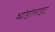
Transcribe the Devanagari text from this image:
थ्योडोलाइट